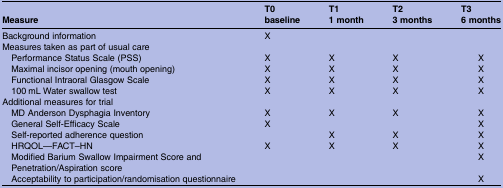
| Measure | T0baseline | T11 month | T23 months | T36 months |
 | --- | --- | --- | --- | --- |
 | Background information | X |  |  |  |
 | <COLSPAN=5> Measures taken as part of usual care |
 | Performance Status Scale (PSS) | X | X | X | X |
 | Maximal incisor opening (mouth opening) | X | X | X | X |
 | Functional Intraoral Glasgow Scale | X | X | X | X |
 | 100 mL Water swallow test | X | X | X | X |
 | <COLSPAN=5> Additional measures for trial |
 | MD Anderson Dysphagia Inventory | X | X | X | X |
 | General Self-Efficacy Scale | X |  |  | X |
 | Self-reported adherence question |  | X | X | X |
 | HRQOL—FACT–HN | X | X | X | X |
 | Modified Barium Swallow Impairment Score and Penetration/Aspiration score |  |  |  | X |
 | Acceptability to participation/randomisation questionnaire |  |  |  | X |